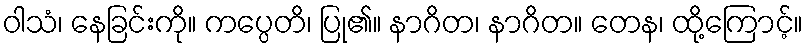
ဝါသံ၊ နေခြင်းကို။ ကပ္ပေတိ၊ ပြု၏။ နာဂိတ၊ နာဂိတ။ တေန၊ ထို့ကြောင့်။